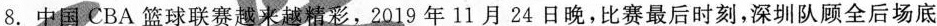
8.中国CBA篮球联赛越来越精彩，2019年11月24日晚，比赛最后时刻，深圳队顾全后场底